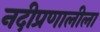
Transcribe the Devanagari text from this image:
नदीप्रणालीला